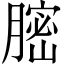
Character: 𦟽